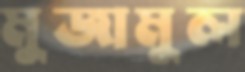
মুজামুল